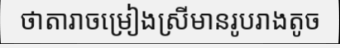
ថាតារាចម្រៀងស្រីមានរូបរាងតូច